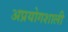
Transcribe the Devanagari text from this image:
अप्रयोगशाली